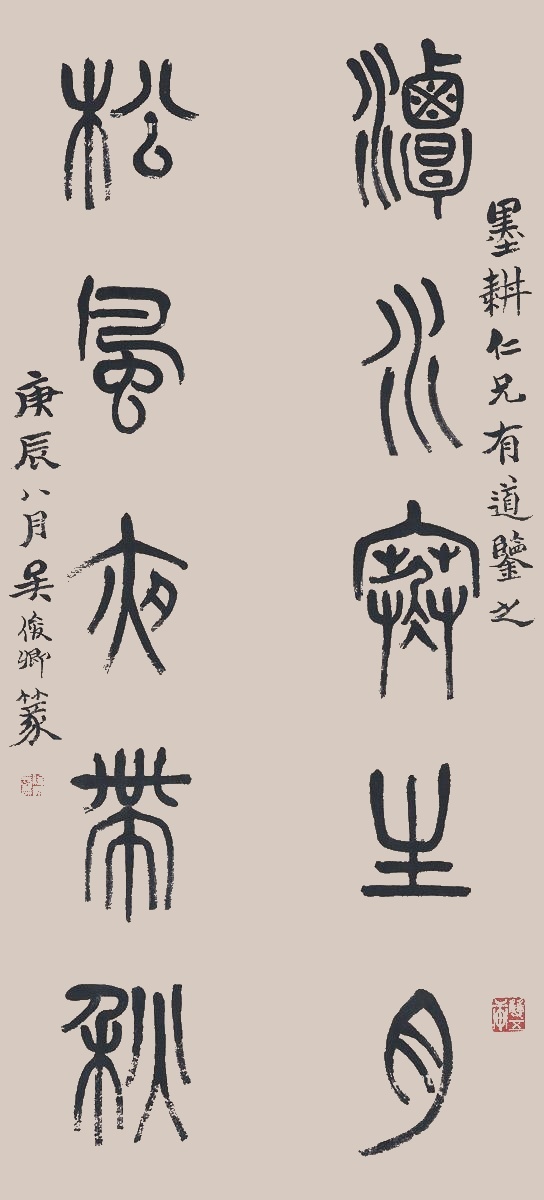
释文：潭水寒生月，松风夜带秋。墨耕仁兄有道鉴之，庚辰八月，吴俊卿篆。